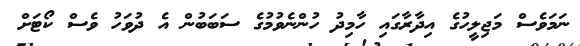
ނަމަވެސް މަޖިލީހުގެ އިދާރާގައި ހާމިދު ހުންނެވުމުގެ ސަބަބުން އެ ދުވަހު ވެސް ކޯޓަށް